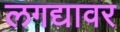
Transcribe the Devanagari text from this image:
लगद्यावर